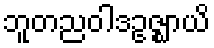
ဘူတညဝါဒဥဇ္ဈာယိ